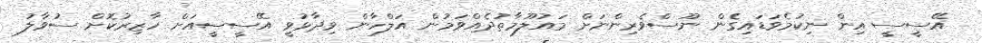
އޭސީސީ އިން ނިކުމެވަޑައިގެން ނޫސްވެރިންނަށް މައުލޫމާތުދެއްވަމުން އަލްހާން ވިދާޅުވީ އޭސީސީއަށް ހާޒިރުކޮށް ސުވާލު